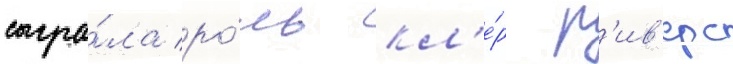
сыгра́ла ро́ль кл'е́р р'ив'ерс